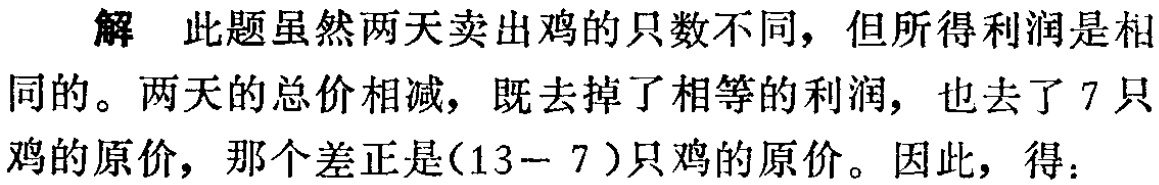
解 此题虽然两天卖出鸡的只数不同，但所得利润是相同的。两天的总价相减，既去掉了相等的利润，也去了 7 只鸡的原价，那个差正是(13− 7 )只鸡的原价。因此，得：